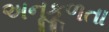
અનૂકૂળતા